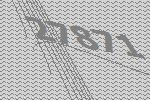
27871